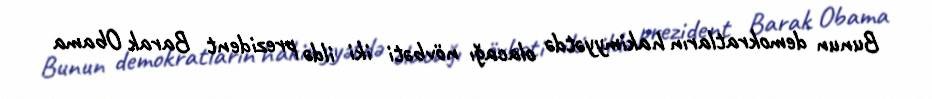
Bunun demokratların hakimyyətdə olacağı növbəti iki ildə prezident Barak Obama